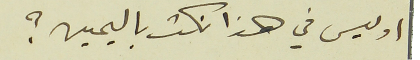
اوليس في هذا نكث باليمين؟